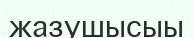
жазушысыы